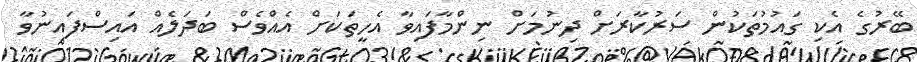
ބޭރުގެ އެކި ގައުމުތަކުން ސަރުކާރަށް ދިނުމަށް ނިންމާފައިވާ އެހީތަކަށް އެއްވެސް ބަދަލެއް އައިސްފައިނުވާ